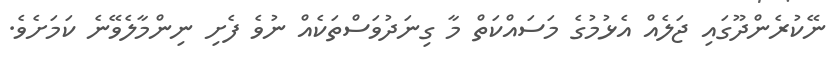
ނޭކުރެންދޫގައި ޖަލެއް އެޅުމުގެ މަސައްކަތް މާ ގިނަދުވަސްތަކެއް ނުވެ ފެށި ނިންމާލެވޭނެ ކަމަށެވެ.